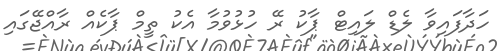
ހަދާފައިވާ ލެޑް ލައިޓް ޕާކު ރޭ ހުޅުވުމާ އެކު ތީމް ޕާާކެއް ރާއްޖޭގައި